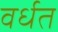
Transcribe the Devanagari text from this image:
वर्धत